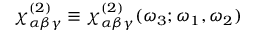
\chi _ { \alpha \beta \gamma } ^ { ( 2 ) } \equiv \chi _ { \alpha \beta \gamma } ^ { ( 2 ) } ( \omega _ { 3 } ; \omega _ { 1 } , \omega _ { 2 } )